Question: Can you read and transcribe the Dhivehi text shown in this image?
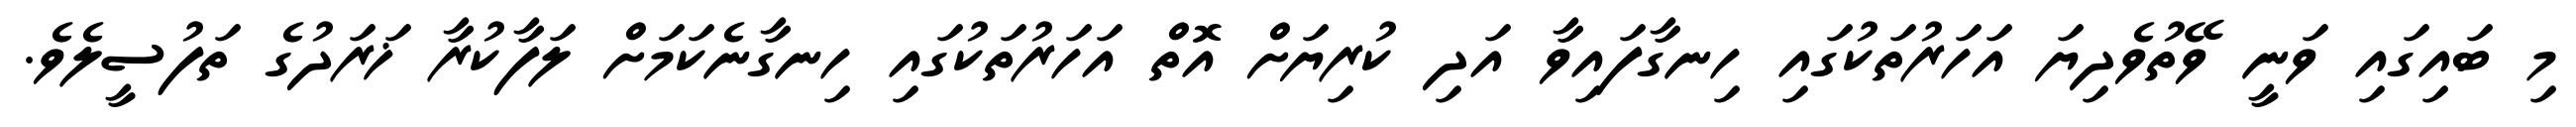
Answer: މި ބައިގައި ވަނީ ވޭތުވެދިޔަ އަހަރުތަކުގައި ހިނގާފައިވާ އަދި ކުރިޔަށް އޮތް އަހަރުތަކުގައި ހިނގާނެކަމަށް ލަފާކުރާ ޚަރަދުގެ ތަފުސީލެވެ.